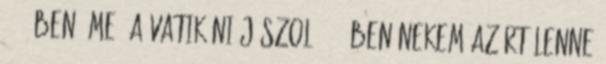
2017-ben Íme, a vatikáni jászol 2017-ben Nekem azért lenne